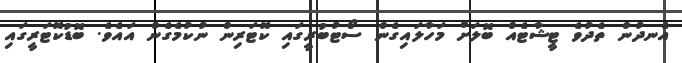
އެނދުން ތެދުވެ ޓީޝާޓެއް ބޮލަށް މަހާލައިގެން ސޯޓުބުރީގައި ކޮޓަރިން ނުކުމެގެން އައެވެ. ބޮޑުކޮޓަރީގައި